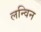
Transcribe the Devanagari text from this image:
लन्विन